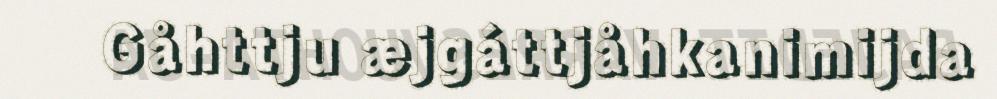
Gåhttju æjgáttjåhkanimijda